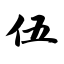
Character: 伍